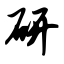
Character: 研